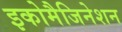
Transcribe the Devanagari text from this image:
इकोमैजिनेशन